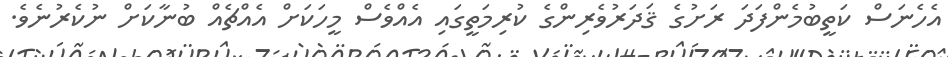
އެހެނަސް ކަތީބުމެންފަދަ ރަށުގެ ޤަދަރުވެރިންގެ ކުރިމަތީގައި އެއްވެސް މީހަކަށް އެއްޗެއް ބުނާކަށް ނުކެރުނެވެ.